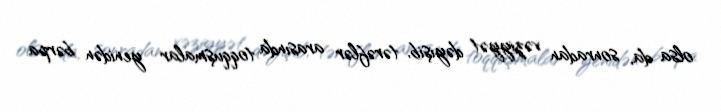
olsa da, sonradan vəziyyət dəyişib, tərəflər arasında toqquşmalar yenidən bərpa